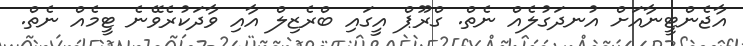
އާޖެންޓީނާއަށް އުނދަގުލެއް ނެތް. ގްރޫޕް އީގައި ބްރެޒިލް އާއި ވާދަކުރެވޭނެ ޓީމެއް ނެތް.